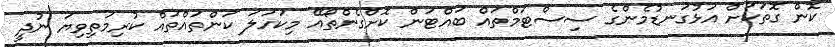
ކޮން ގޮތަކަށް އަޅުގަނޑުމެންގެ ސިސްޓަމްތައް ބައްޓަން ކޮށްގެންތޯއޭ މިކަހަލަ ކަންތައްތައް ކުރިމަތިވިޔަ ނުދީ